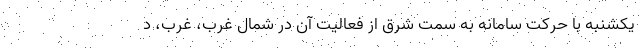
یکشنبه با حرکت سامانه به سمت شرق از فعالیت آن در شمال غرب، غرب، د